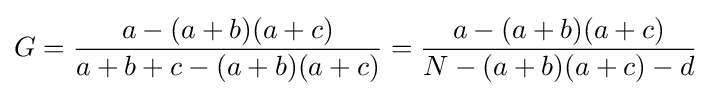
G={\frac {a-(a+b)(a+c)}{a+b+c-(a+b)(a+c)}}={\frac {a-(a+b)(a+c)}{N-(a+b)(a+c)-d}}